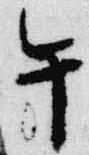
午